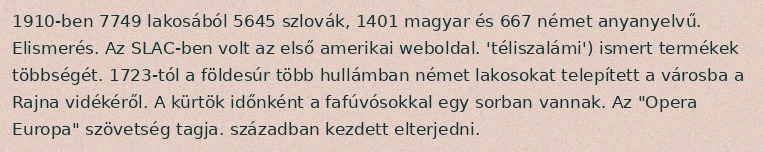
1910-ben 7749 lakosából 5645 szlovák, 1401 magyar és 667 német anyanyelvű. Elismerés. Az SLAC-ben volt az első amerikai weboldal. 'téliszalámi') ismert termékek többségét. 1723-tól a földesúr több hullámban német lakosokat telepített a városba a Rajna vidékéről. A kürtök időnként a fafúvósokkal egy sorban vannak. Az "Opera Europa" szövetség tagja. században kezdett elterjedni.